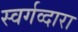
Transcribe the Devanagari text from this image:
स्वर्गव्दारा